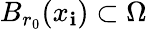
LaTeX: B_{r_{0}}(x_{\mathbf{i}})\subset\Omega